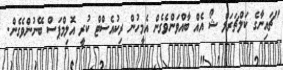
"ޗައިނާގެ ކަލްޗަރަލް ޝޯ އެއް ބާއްވަންވެގެން އެމީހުން ރިކުއެސްޓް ކުރީ އޮލިމްޕަސް ބޭނުންވެގެން.